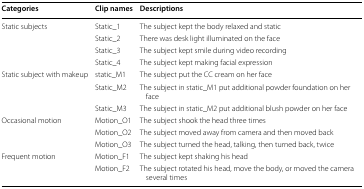
<table><thead><tr><td><b>Categories</b></td><td><b>Clip names</b></td><td><b>Descriptions</b></td></tr></thead><tbody><tr><td rowspan="4">Static subjects</td><td>Static_1</td><td>The subject kept the body relaxed and static</td></tr><tr><td>Static_2</td><td>There was desk light illuminated on the face</td></tr><tr><td>Static_3</td><td>The subject kept smile during video recording</td></tr><tr><td>Static_4</td><td>The subject kept making facial expression</td></tr><tr><td rowspan="3">Static subject with makeup</td><td>static_M1</td><td>The subject put the CC cream on her face</td></tr><tr><td>Static_M2</td><td>The subject in static_M1 put additional powder foundation on her face</td></tr><tr><td>Static_M3</td><td>The subject in static_M2 put additional blush powder on her face</td></tr><tr><td rowspan="3">Occasional motion</td><td>Motion_O1</td><td>The subject shook the head three times</td></tr><tr><td>Motion_O2</td><td>The subject moved away from camera and then moved back</td></tr><tr><td>Motion_O3</td><td>The subject turned the head, talking, then turned back, twice</td></tr><tr><td rowspan="2">Frequent motion</td><td>Motion_F1</td><td>The subject kept shaking his head</td></tr><tr><td>Motion_F2</td><td>The subject rotated his head, move the body, or moved the camera several times</td></tr></tbody></table>